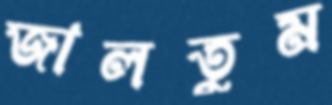
জালতুম